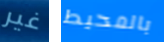
غير بالمحيط